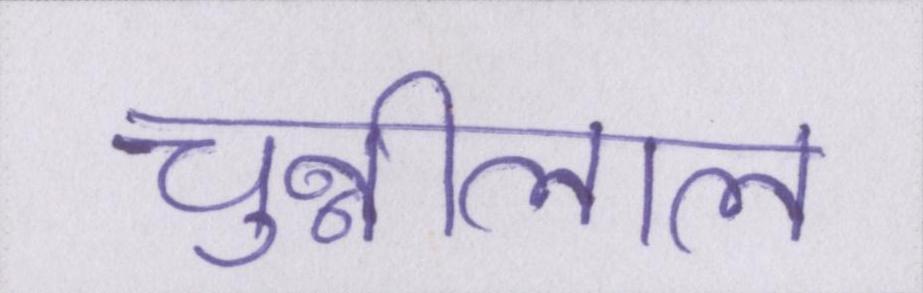
चुन्नीलाल